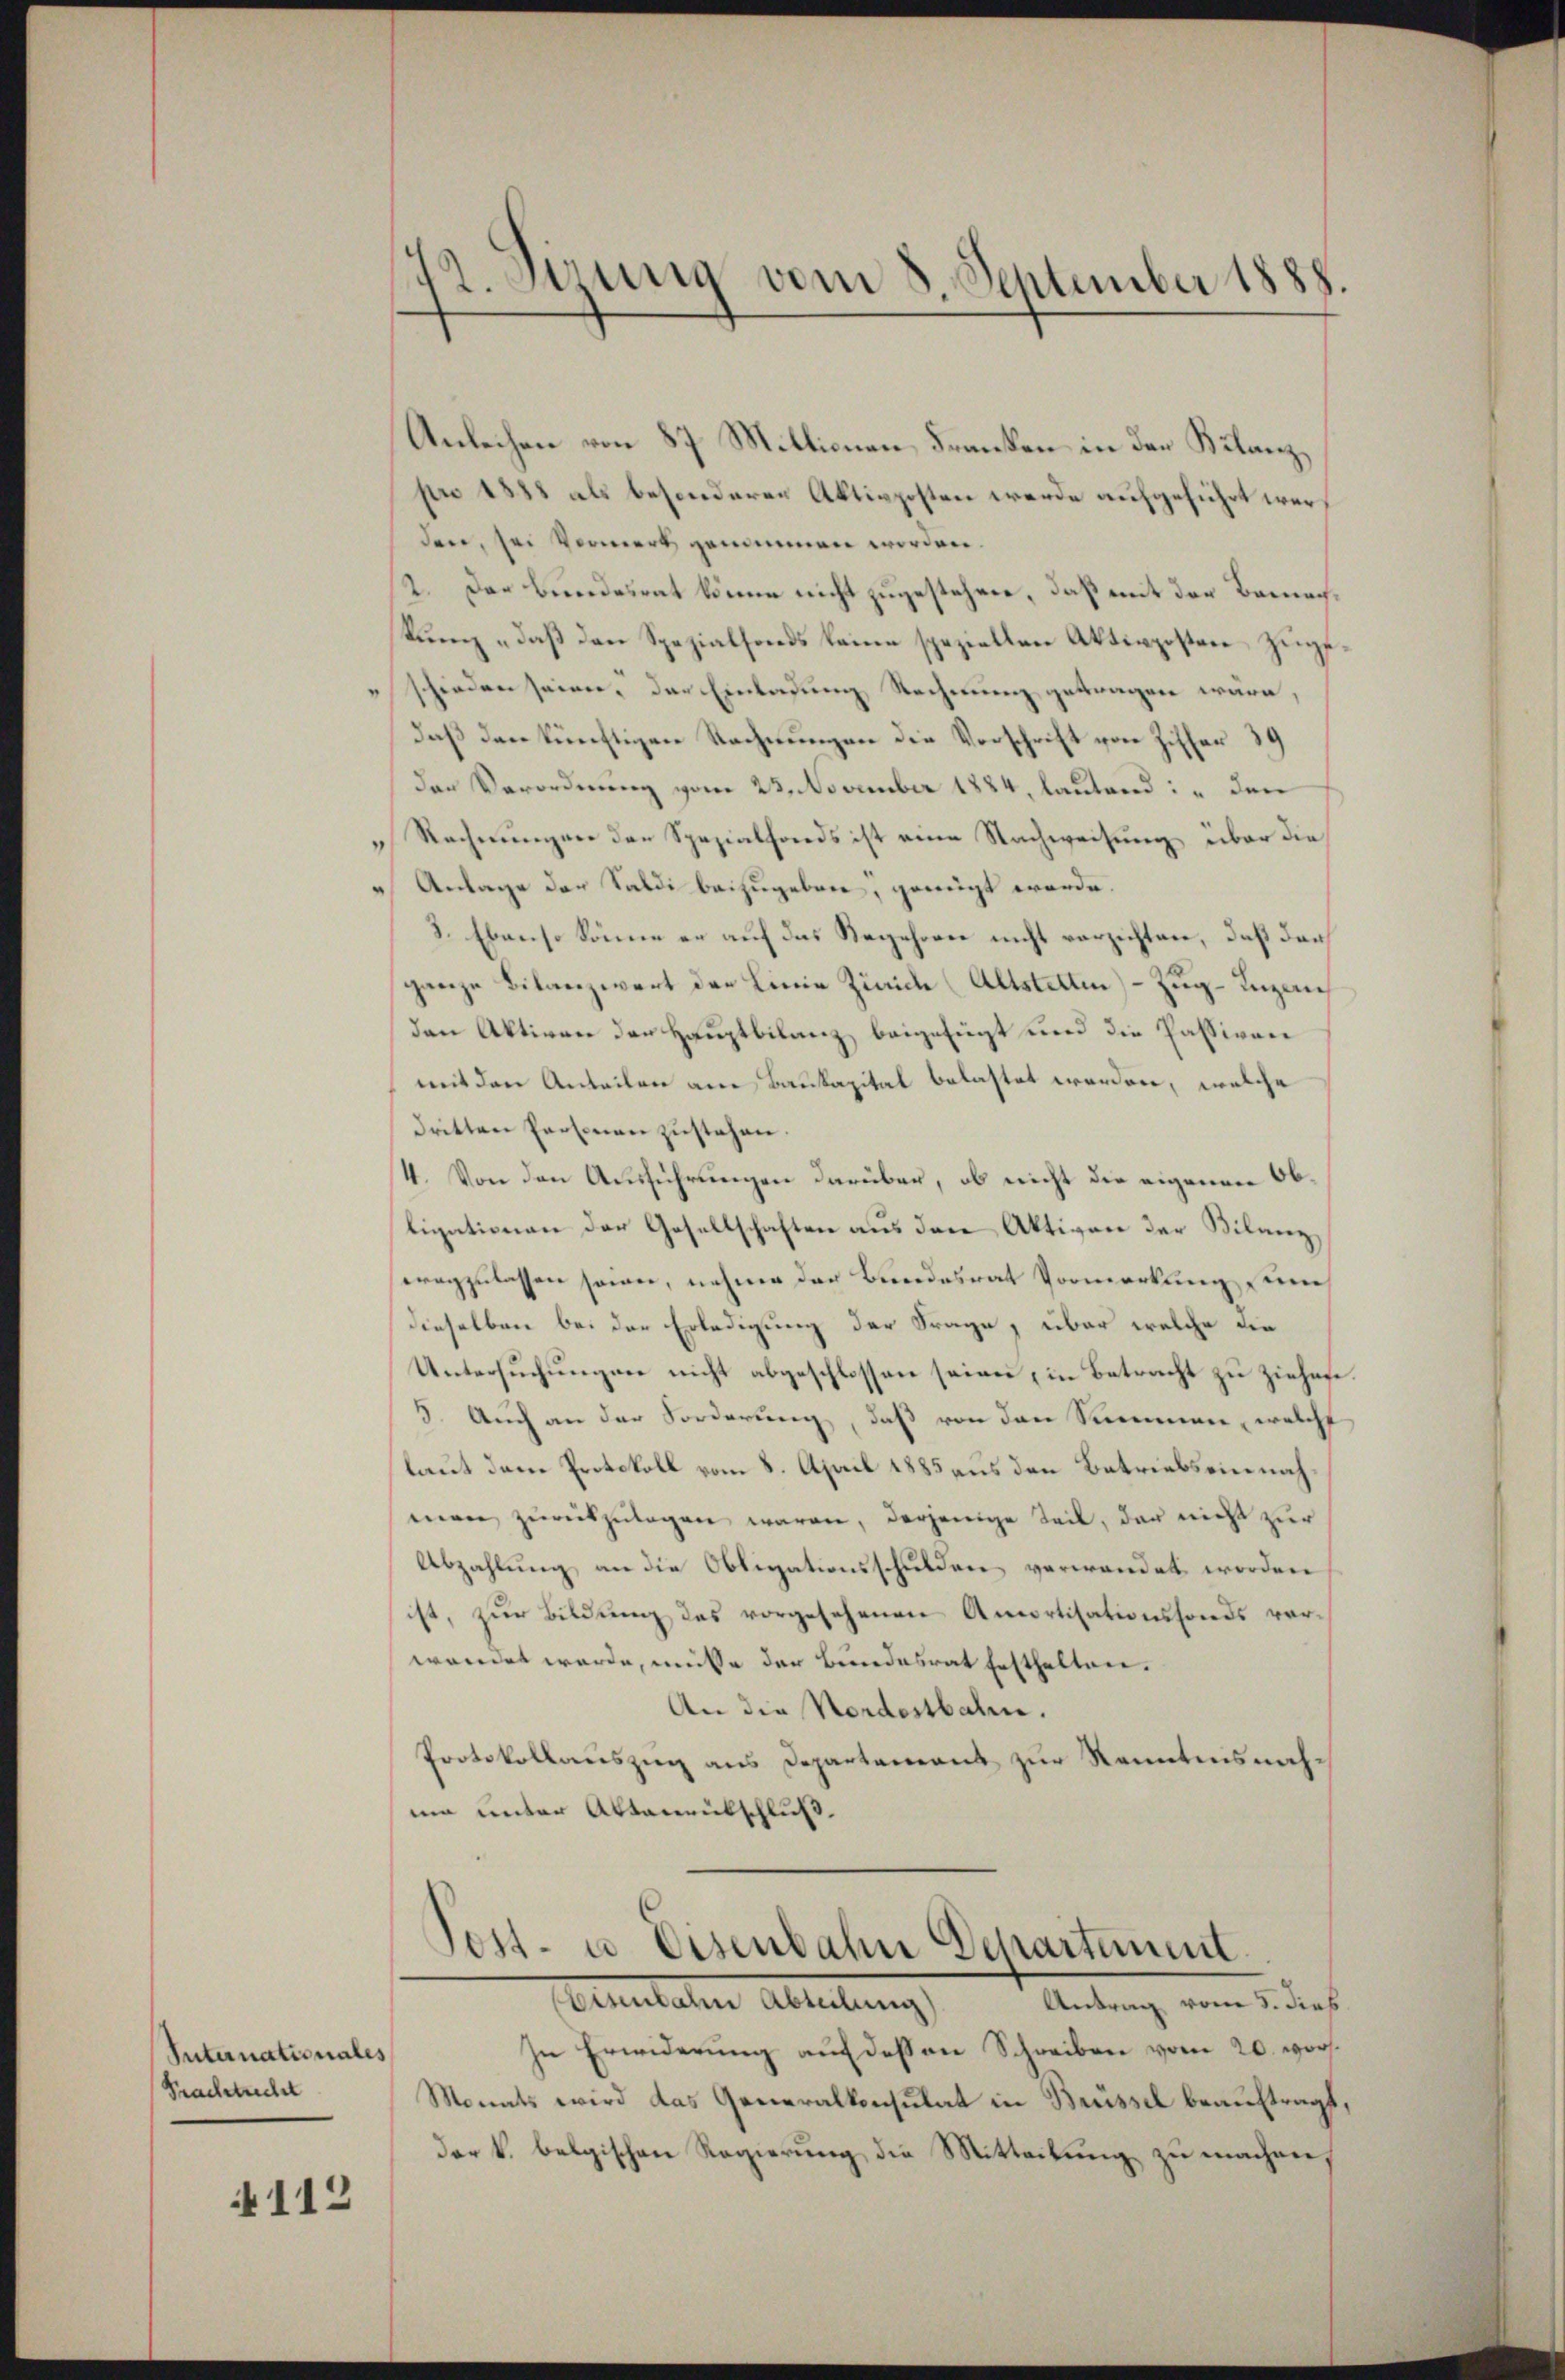
Suternationales
Prachtrecht

4112

42. Sirung vom 8. September 1888.

Anleihen von 87 Millionen Franken in den Kilanz
pro 1888 als besonderer Aktivposten werde aufgeführt werden, sei Vormerk genommen worden.
2. Der Bundesrat könne nicht zugestehen, daß mit der Bemachkung „daß den Spezialfonds keine speziellen Aktivposten zugeschieden seien, der Einladung Rechnung getragen wäre,
daß den künftigen Rechnungen die Vorschrift von Ziffer 39
den Verordnung vom 23. November 1884, lautend: „den
" Rechnungen der Spezialfonds ist eine Nachweisung über die
Anlage der Saldi beizugeben, gerügt werde.
3. Ebenso könne er auf das Regehren nicht verzichten, daß darf
ganze Bilanzwert der Linie Zürich (Altstetten) – Zug–Luzac
den Aktiven der Hauptbilanz beigefügt und die Passiven
mit den Anteilen am Baukapital belastet worden, welche
dritten Personen zustehen.
4. Von den Ausführungen darüber, ob nicht die eigenen Obligationen der Gesellschaften aus den Aktiven der Vilmen,
eragzulassen sowie, nehme der Bundesrat Vormerkung zum
dieselben bei der Erledigung der Frage, über welche die
Untersuchungen nicht abgeschlossen seien, in Betracht zu ziehen.
5. Auch an der Forderung, daß von den Summen, welche
laut dem Protokoll vom 8. April 1885 aus den Betriebs einnahmern zurückzulagen waren, derjenige Teil, der nicht zur
Abzahlung an die Obligationsschulden verwendet worden
ist, zŭr Bildŭng des vorgesehenen Amortisationsfonds vor-
wendet werde, müße der Bundesrat festhalten.
An die Nordostbahn.
Protokollauszug aus Departement zur Kenntnisnahmi unter Aktenrütschluß.

Tett- u. Eisenbahn Departement.
Tentaten Abteilung
Antrag vom 5. dies

In Erwiderung auf dessen Schreiben vom 20. vor.
Monats wird das Generalkonsulat in Brüssel beauftragt,
der k. belgischen Regierung die Mitteilung zu machen,